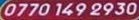
0770 149 2930